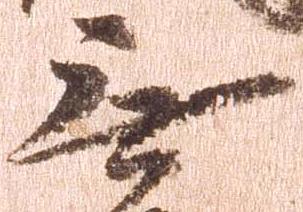
無